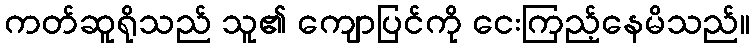
ကတ်ဆူရိုသည် သူ၏ ကျောပြင်ကို ငေးကြည့်နေမိသည်။